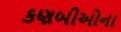
કણબીઓના